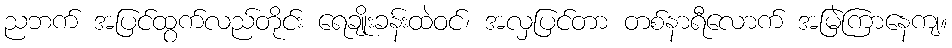
ညဘက် အပြင်ထွက်လည်တိုင်း ရေချိုးခန်းထဲဝင်၊ အလှပြင်တာ တစ်နာရီလောက် အမြဲကြာနေကျ။